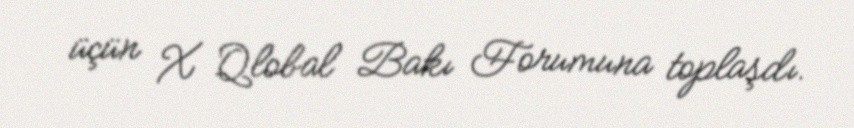
üçün X Qlobal Bakı Forumuna toplaşdı.